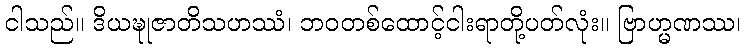
ငါသည်။ ဒိယဍ္ဎုဇာတိသဟဿံ၊ ဘဝတစ်ထောင့်ငါးရာတို့ပတ်လုံး။ ဗြာဟ္မဏဿ၊